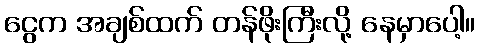
ငွေက အချစ်ထက် တန်ဖိုးကြီးလို့ နေမှာပေါ့။